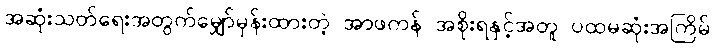
အဆုံးသတ်ရေးအတွက်မျှော်မှန်းထားတဲ့ အာဖကန် အစိုးရနှင့်အတူ ပထမဆုံးအကြိမ်